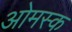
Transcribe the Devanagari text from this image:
ओमस्क